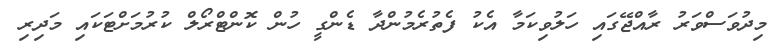
މިދުވަސްވަރު ރާއްޖޭގައި ހަލުވިކަމާ އެކު ފެތުރެމުންދާ ޑެންގީ ހުން ކޮންޓްރޯލް ކުރުމަށްޓަކައި މަދިރި